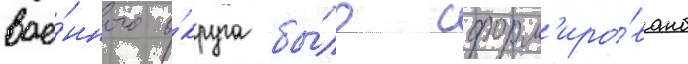
вое́нного о́круга бы́ло сформ'иро́вано